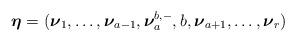
LaTeX: \begin{align*}\boldsymbol{\eta}=(\boldsymbol{\nu}_{1}, \ldots , \boldsymbol{\nu}_{a-1}, \boldsymbol{\nu}_{a}^{b, -}, b, \boldsymbol{\nu}_{a+1}, \ldots , \boldsymbol{\nu}_{r}) \end{align*}